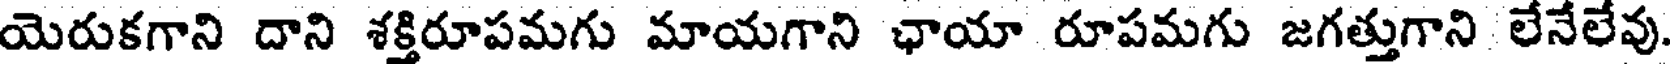
యెరుకగాని దాని శక్తిరూపమగు మాయగాని ఛాయా రూపమగు జగత్తుగాని లేనేలేవు